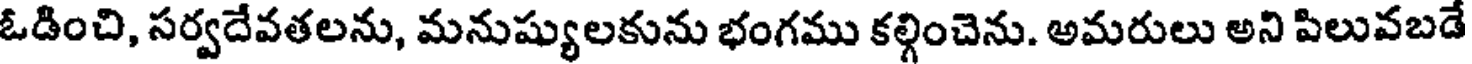
ఓడించి, సర్వదేవతలను, మనుష్యులకును భంగము కల్గించెను. అమరులు అని పిలువబడే